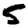
Digit: 5